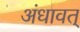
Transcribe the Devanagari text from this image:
अंधावत्